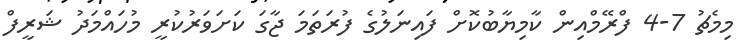
މިމެޗު 7-4 ފްރޭމްއިން ކާމިޔާބުކޮށް ފައިނަލުގެ ފުރަތަމަ ޖާގަ ކަށަވަރުކުރީ މުހައްމަދު ޝަރީފް